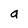
Character: a